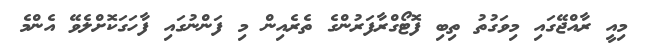
މިއީ ރާއްޖޭގައި މިވަގުތު ތިބި ފޮޓޯގްރާފަރުންގެ ތެރެއިން މި ފަންނުގައި ފާހަގަކޮށްލެވޭ އެންމެ